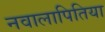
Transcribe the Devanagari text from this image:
नवालापितिया